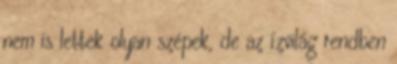
nem is lettek olyan szépek, de az ízvilág rendben